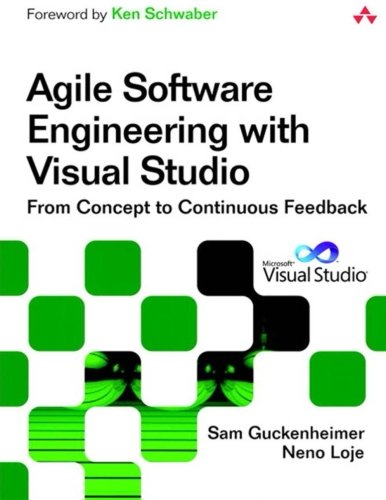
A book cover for Agile Software Engineering with Visual Studio: From Concept to Continuous Feedback (2nd Edition) (Microsoft Windows Development Series); Sam Guckenheimer; Computers & Technology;